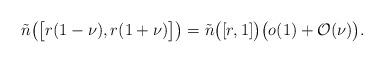
LaTeX: \begin{align*}\tilde{n} \big( \big[ r(1 - \nu),r(1 + \nu) \big] \big) = \tilde{n} \big( [r,1] \big) \big( o(1) + \mathcal{O}(\nu) \big).\end{align*}